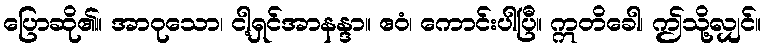
ပြောဆို၏။ အာဝုသော၊ ငါ့ရှင်အာနန္ဒာ။ ဧဝံ၊ ကောင်းပါပြီ။ ဣတိခေါ၊ ဤသို့လျှင်။